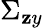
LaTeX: \Sigma_{\mathbf{z}y}